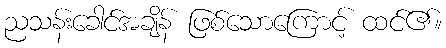
ညသန်းခေါင်အချိန် ဖြစ်သောကြောင့် ထင်၏။